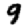
Digit: 9